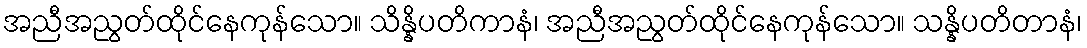
အညီအညွတ်ထိုင်နေကုန်သော။ သိန္နိပတိကာနံ၊ အညီအညွတ်ထိုင်နေကုန်သော။ သန္နိပတိတာနံ၊